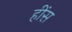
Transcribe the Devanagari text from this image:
हींस